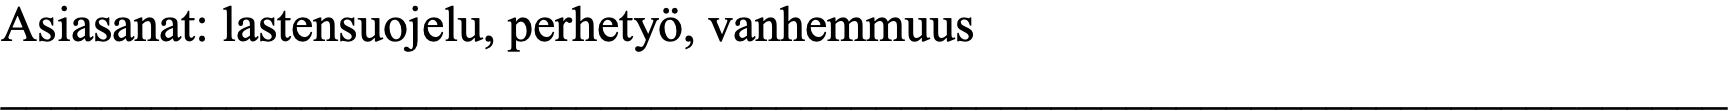
Asiasanat: lastensuojelu, perhetyö, vanhemmuus _____________________________________________________________________